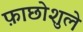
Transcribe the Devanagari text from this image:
फ़ाछोशुले